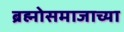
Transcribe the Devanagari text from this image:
ब्रह्मोसमाजाच्या